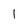
Character: 1